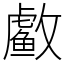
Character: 䲣